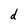
Character: d